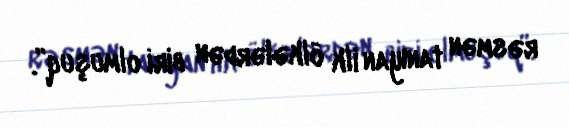
rəsmən tanıyan ilk ölkələrdən biri olmuşuq”.